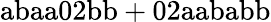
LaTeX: \mathrm{abaa02bb+02aababb}